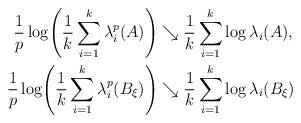
LaTeX: \begin{align*}{\frac{1}{p}}\log\Biggl({\frac{1}{k}} \sum_{i=1}^k\lambda_i^p(A)\Biggr)&\searrow {\frac{1}{k}}\sum_{i=1}^k\log\lambda_i(A), \\{\frac{1}{p}}\log\Biggl({\frac{1}{k}}\sum_{i=1}^k\lambda_i^p(B_\xi)\Biggr)&\searrow {\frac{1}{k}}\sum_{i=1}^k\log\lambda_i(B_\xi)\end{align*}